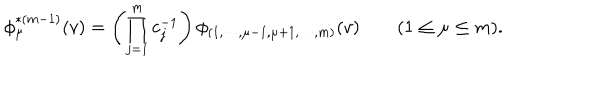
\phi _ { \mu } ^ { * ( m - 1 ) } ( v ) = \left( \prod _ { j = 1 } ^ { m } c _ { j } ^ { - 1 } \right) \phi _ { ( 1 , \cdots , \mu - 1 , \mu + 1 , \cdots , m ) } ( v ) \qquad ( 1 \le \mu \le m ) .